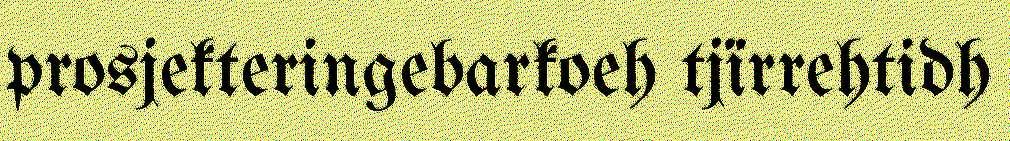
prosjekteringebarkoeh tjïrrehtidh